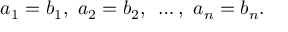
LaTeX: a _ { 1 } = b _ { 1 } , { \mathrm { ~ } } a _ { 2 } = b _ { 2 } , { \mathrm { ~ } } \ldots , { \mathrm { ~ } } a _ { n } = b _ { n } .